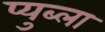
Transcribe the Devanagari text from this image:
प्युब्ला